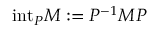
\mathrm { i n t } _ { P } M : = P ^ { - 1 } M P